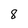
Character: 8